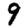
Digit: 9